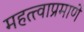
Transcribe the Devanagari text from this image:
महत्त्वाप्रमाणे